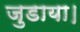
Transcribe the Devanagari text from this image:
जुडाया।